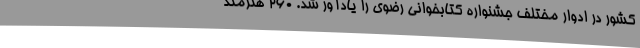
کشور در ادوار مختلف جشنواره کتابخوانی رضوی را یادآور شد. 260 هنرمند